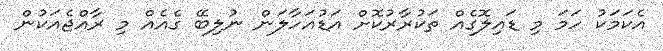
އެކަމަކު ހަމަ މި ޑައިލޮގެއް ތަކުރާރުކޮށް އަޑުއަހާލަން ނުލިބޭ ގެއެއް މި ރާއްޖެއަކުން